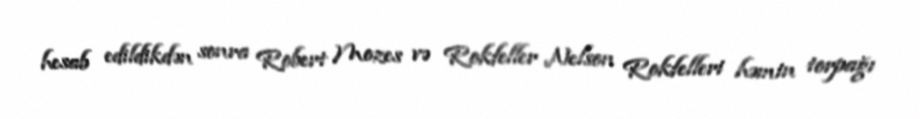
hesab edildikdən sonra Robert Mozes və Rokfeller Nelson Rokfelleri həmin torpağı